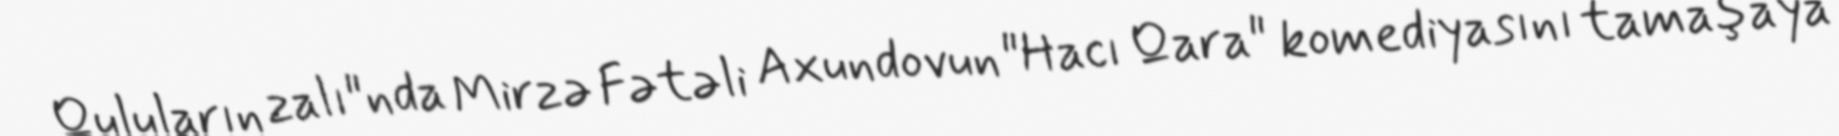
Quluların zalı"nda Mirzə Fətəli Axundovun "Hacı Qara" komediyasını tamaşaya